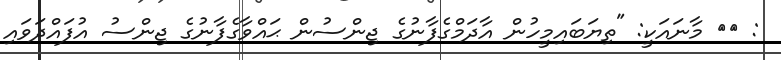
: ٢١ މާނައަކީ: "ތިޔަބައިމީހުން އާދަމްގެފާނުގެ ޖިންސުން ޙައްވާގެފާނުގެ ޖިންސު އުފައްދަވައި